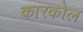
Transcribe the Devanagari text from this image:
कारकोल